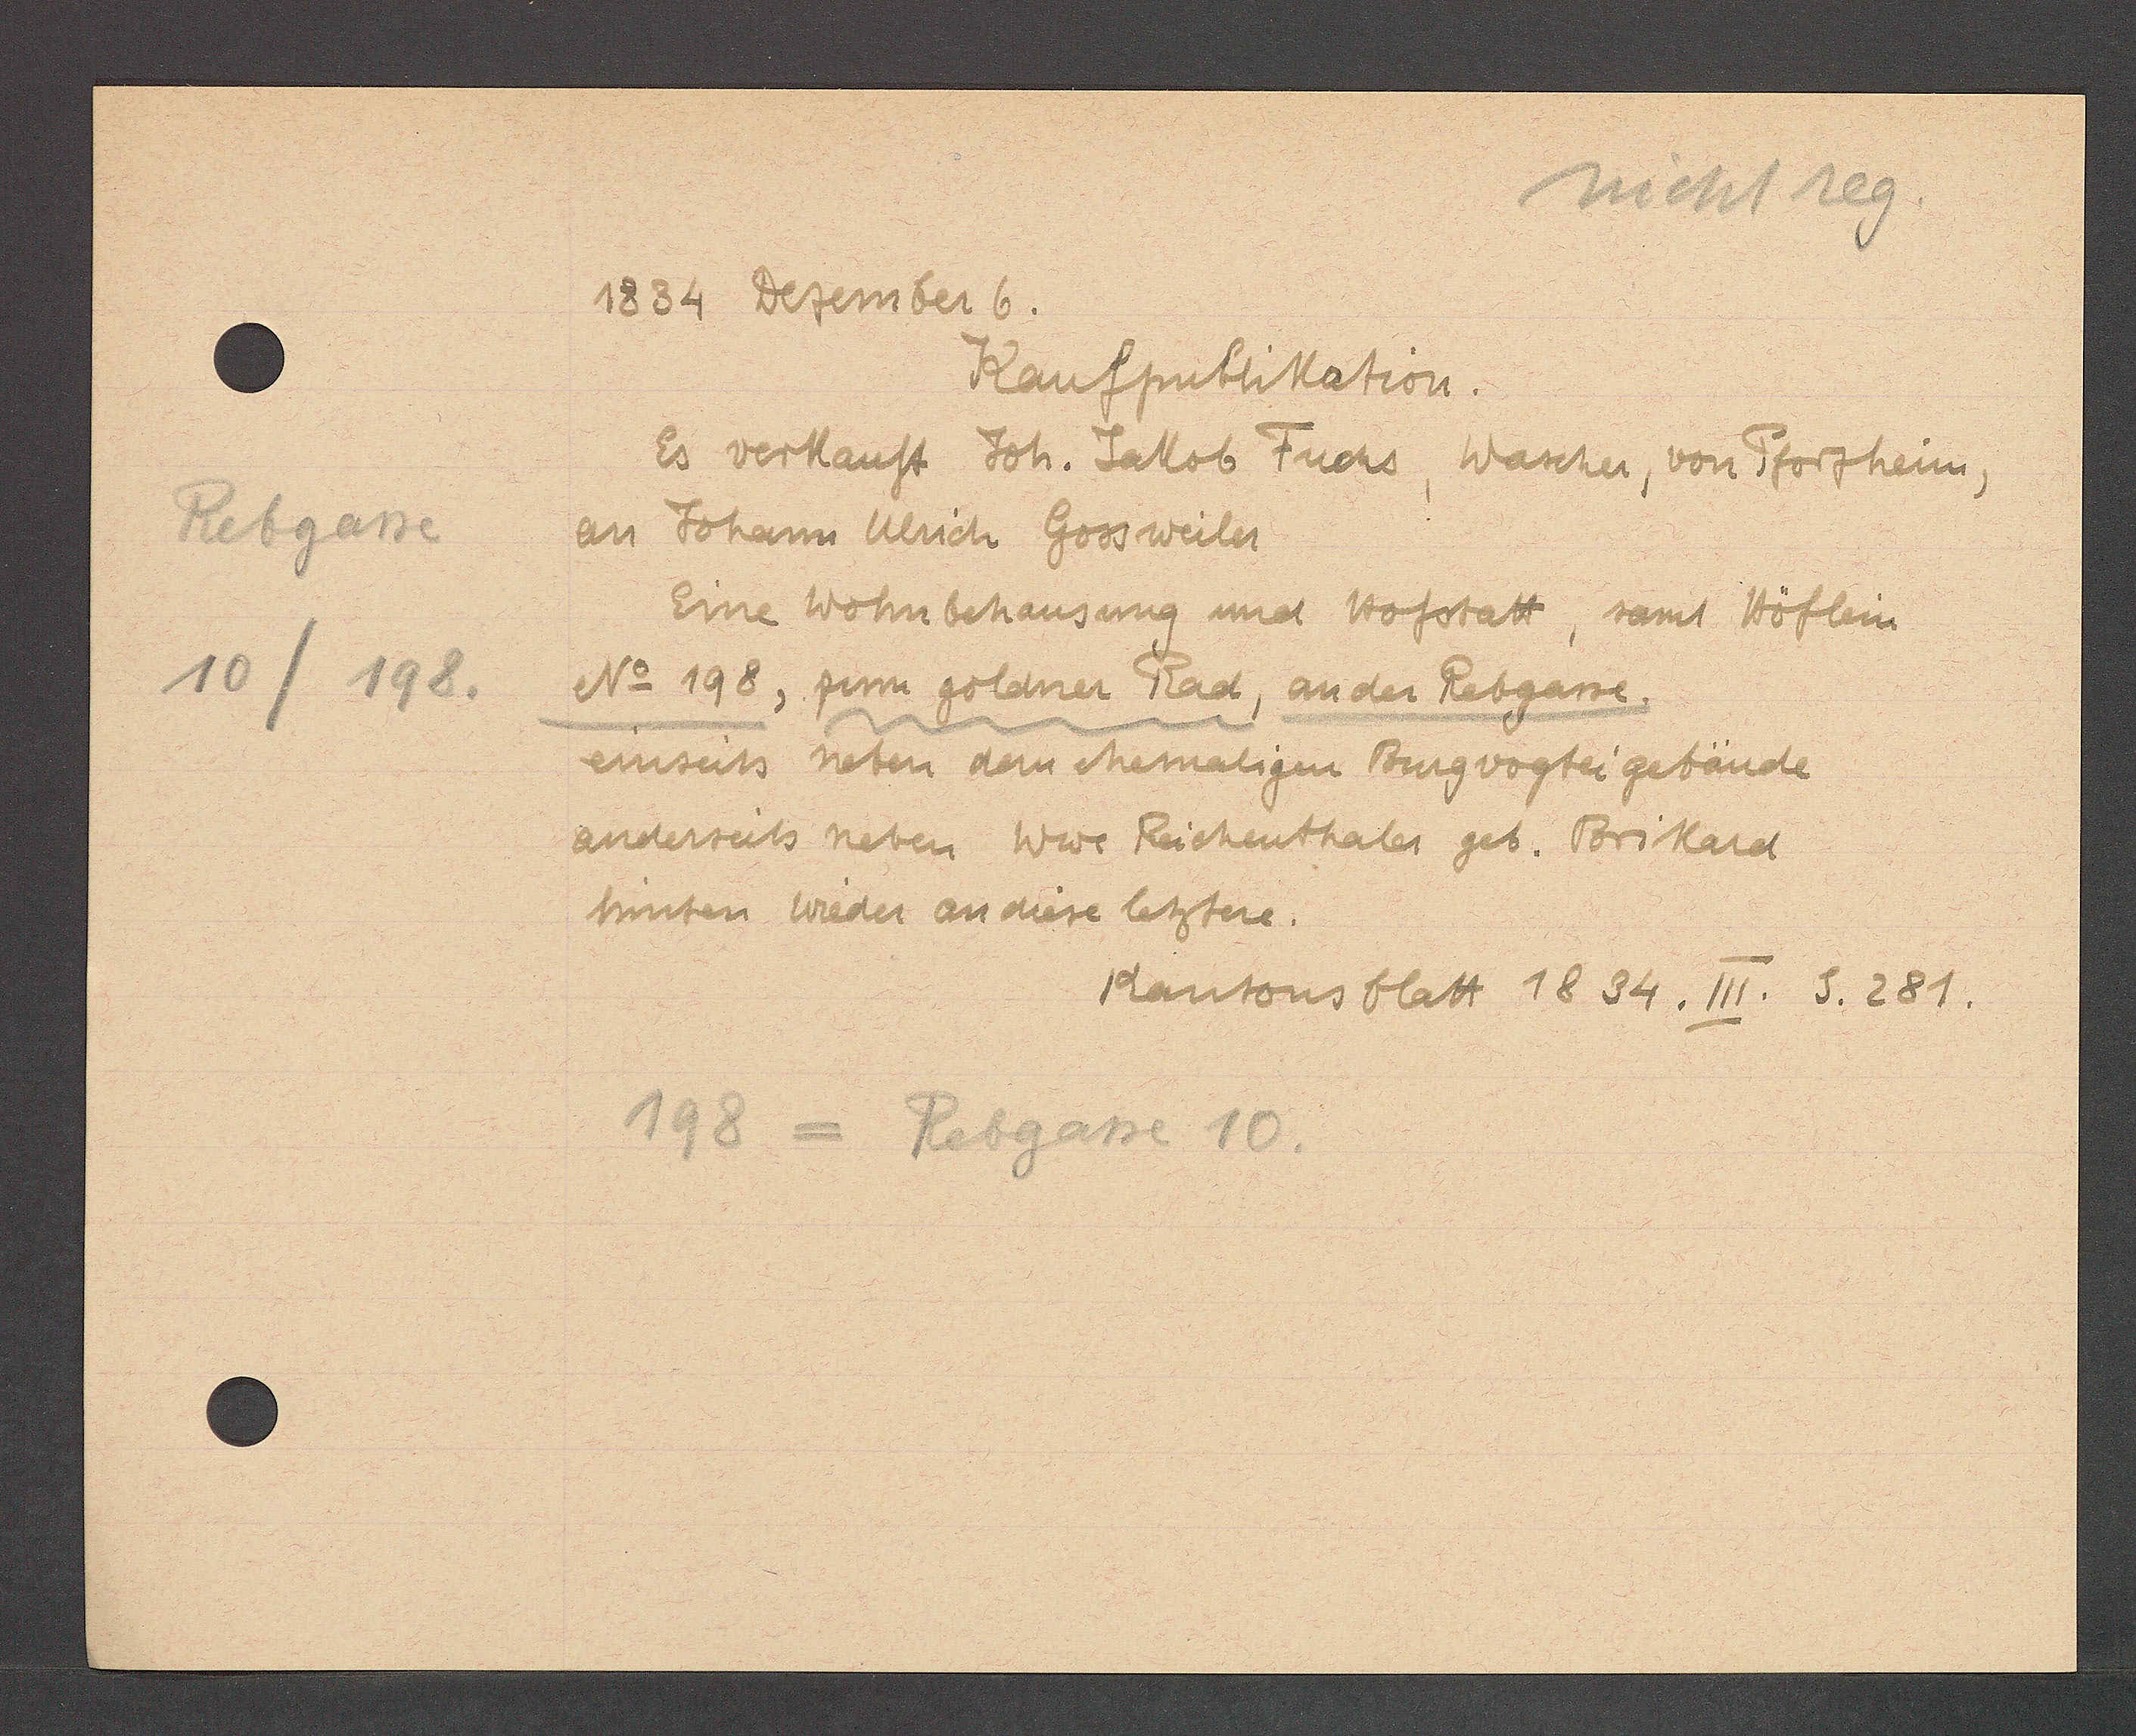
Transcript:
Rebgasse
10/198.

1834 Dezember 6.

Kaufpublikation.
Es verkauft Joh. Jakob Fuchs, Wascher, von Pforzheim,
an Johann Ulrich Gossweiler
Eine Wohnbehausung und Hofstatt, samt Höflein
No 198, zum goldner Rad, an der Rebgasse.
einseits neben dem ehemaligen Burgvogtei gebäude
anderseits neben Wwe Reichenthaler geb. Brikard
hinten wieder an diese letztere.

198 = Rebgasse 10.

Kantonsblatt 18 34. III. S. 281.